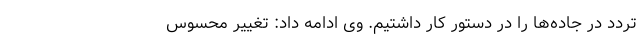
تردد در جاده‌ها را در دستور کار داشتیم. وی ادامه داد: تغییر محسوس